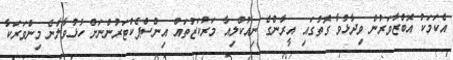
އެކަމަކު އޮބްޒާވަރުން ވިދާޅުވާ ގޮތުގައި އީރާންގެ ނިއުކްލިއާ މަރުކަޒުތައް އިންސްޕެކްޓަރުންނަށް ހުޅުވާލާނެ މިންވަރަކާ